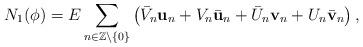
LaTeX: \begin{align*}N_1(\phi) = E \sum_{n \in \mathbb{Z} \backslash \{0\}} \left( \bar{V}_n {\bf u}_n + V_n \bar{\bf u}_n + \bar{U}_n {\bf v}_n + U_n \bar{\bf v}_n \right),\end{align*}